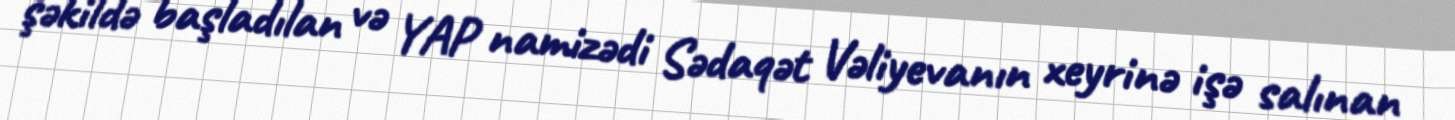
şəkildə başladılan və YAP namizədi Sədaqət Vəliyevanın xeyrinə işə salınan